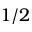
1 / 2